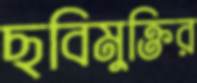
ছবিমুক্তির